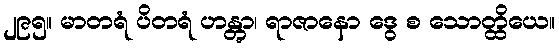
၂၉၅။ မာတရံ ပိတရံ ဟန္တွာ၊ ရာဇာနော ဒွေ စ သောတ္ထိယေ။